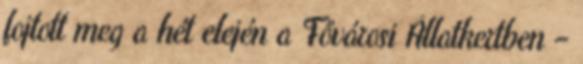
fojtott meg a hét elején a Fővárosi Állatkertben –